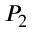
P _ { 2 }